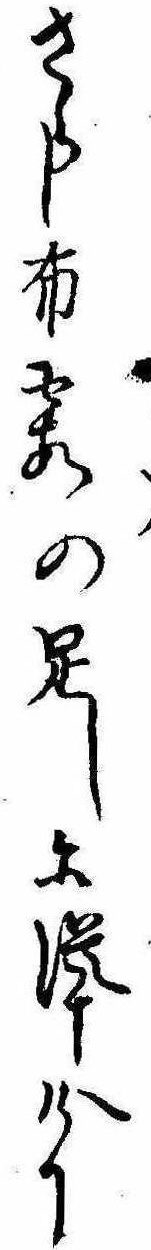
さらし布霞の足しに聳へけり